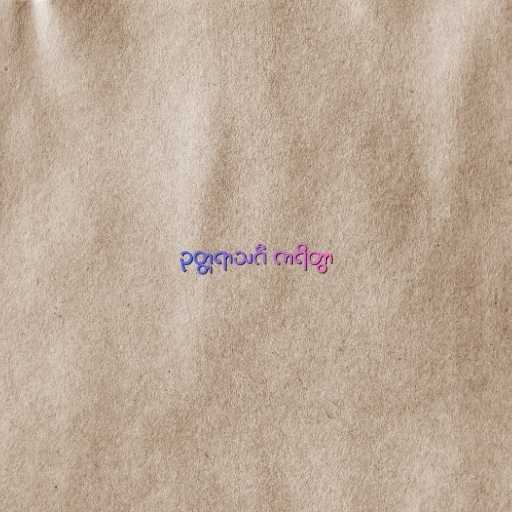
ဥတ္တရာသင်္ဂံ ကရိတွာ